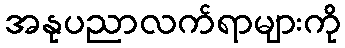
အနုပညာလက်ရာများကို